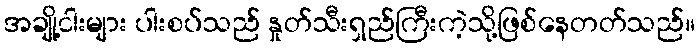
အချို့ငါးများ ပါးစပ်သည် နှုတ်သီးရှည်ကြီးကဲ့သို့ဖြစ်နေတတ်သည်။